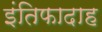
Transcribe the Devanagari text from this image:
इंतिफादाह